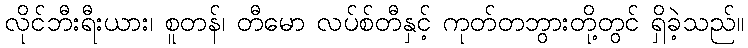
လိုင်ဘီးရီးယား၊ စူတန်၊ တီမော လပ်စ်တီနှင့် ကုတ်တဘွားတို့တွင် ရှိခဲ့သည်။